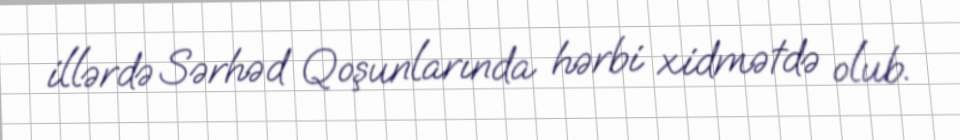
illərdə Sərhəd Qoşunlarında hərbi xidmətdə olub.